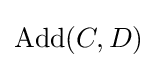
{\text{Add}}(C,D)